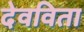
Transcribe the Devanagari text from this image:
देवविता